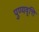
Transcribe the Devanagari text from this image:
पुण्यवृत्ति